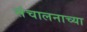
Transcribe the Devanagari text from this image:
संचालनाच्या